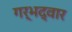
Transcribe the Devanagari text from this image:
गर्भद्वार